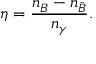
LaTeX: \eta = { \frac { n _ { B } - n _ { \bar { B } } } { n _ { \gamma } } } .